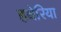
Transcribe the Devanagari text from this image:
हथेरिया